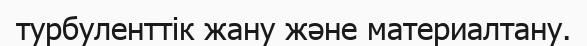
турбуленттік жану және материалтану.